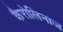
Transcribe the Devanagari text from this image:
कैरोलिनाज